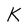
Character: k